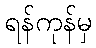
ရန်ကုန်မှ